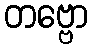
တဗ္ဗော